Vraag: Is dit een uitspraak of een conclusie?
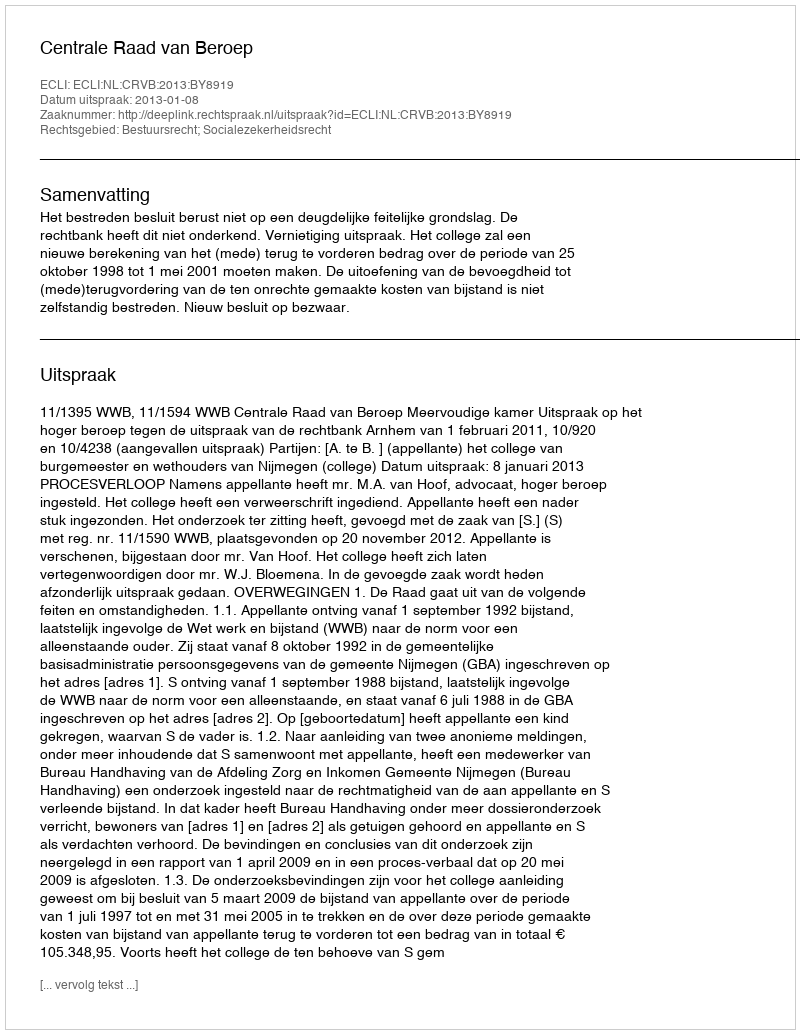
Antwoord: Uitspraak